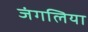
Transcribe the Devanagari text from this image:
जंगलिया